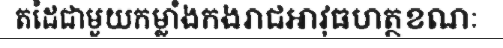
តដៃជាមួយកម្លាំងកងរាជអាវុធហត្ថខណៈ